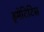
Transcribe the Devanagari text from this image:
ड्मेटिटिस